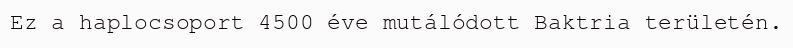
Ez a haplocsoport 4500 éve mutálódott Baktria területén.